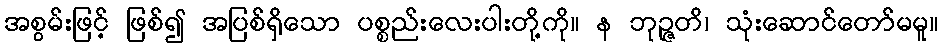
အစွမ်းဖြင့် ဖြစ်၍ အပြစ်ရှိသော ပစ္စည်းလေးပါးတို့ကို။ န ဘုဉ္ဇတိ၊ သုံးဆောင်တော်မမူ။